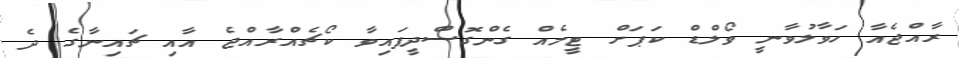
ރާއްޖެއާ ހަވާލުވާނީ ވޯލްޑް ކަޕަށް ޓީމެއް ގެންގޮސްދީފައިވާ ކޯޗެއްރާއްޖެ އާއި ޗައިނާގެ ދެ